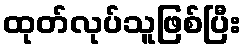
ထုတ်လုပ်သူဖြစ်ပြီး